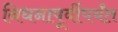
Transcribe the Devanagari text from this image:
निधनापूर्वीपर्यंत